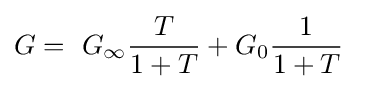
G=\ G_{\infty }{\frac {T}{1+T}}+G_{0}{\frac {1}{1+T}}\ \